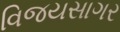
વિજયસાગર